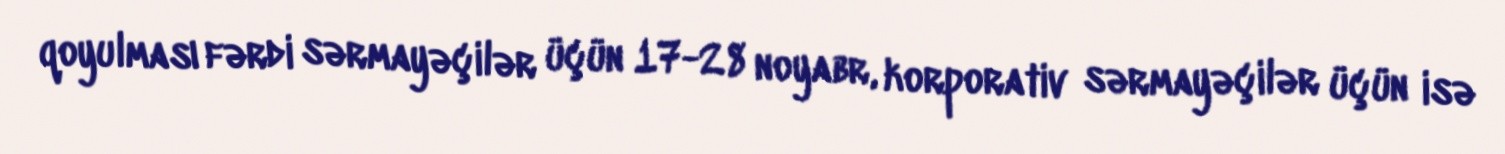
qoyulması fərdi sərmayəçilər üçün 17-28 noyabr, korporativ sərmayəçilər üçün isə